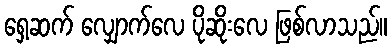
ရှေ့ဆက် လျှောက်လေ ပိုဆိုးလေ ဖြစ်လာသည်။